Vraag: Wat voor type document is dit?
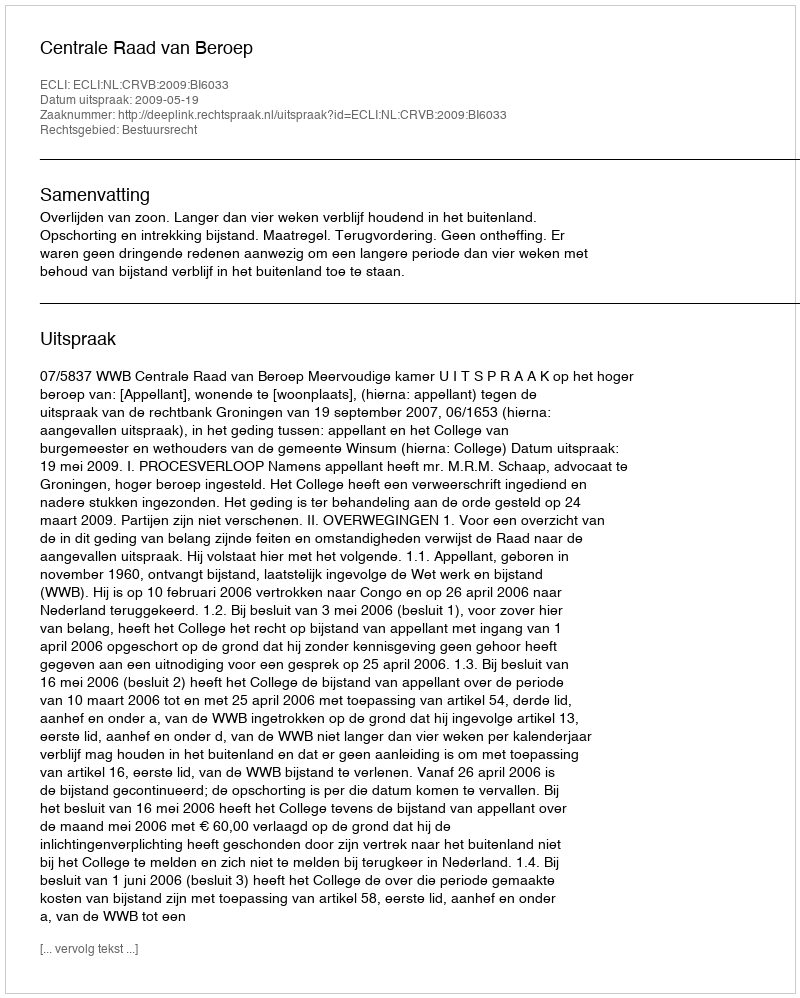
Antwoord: Uitspraak